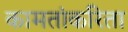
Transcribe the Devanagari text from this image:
कामतांकरिता